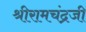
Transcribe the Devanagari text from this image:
श्रीरामचंद्रजी